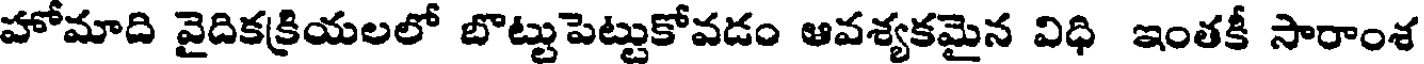
హోమాది వైదికక్రియలలో బొట్టుపెట్టుకోవడం ఆవశ్యకమైన విధి ఇంతకీ సారాంశ